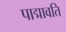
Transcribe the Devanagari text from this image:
पाद्मावति